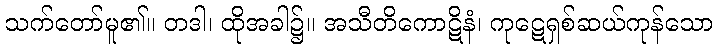
သက်တော်မူ၏။ တဒါ၊ ထိုအခါ၌။ အသီတိကောဋိနံ၊ ကုဋေရှစ်ဆယ်ကုန်သော